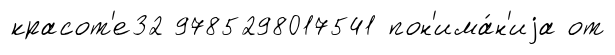
красот'е32 9785298017541 пон'има́н'иjа от